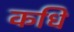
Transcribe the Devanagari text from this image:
कधि